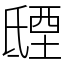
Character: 𣱐